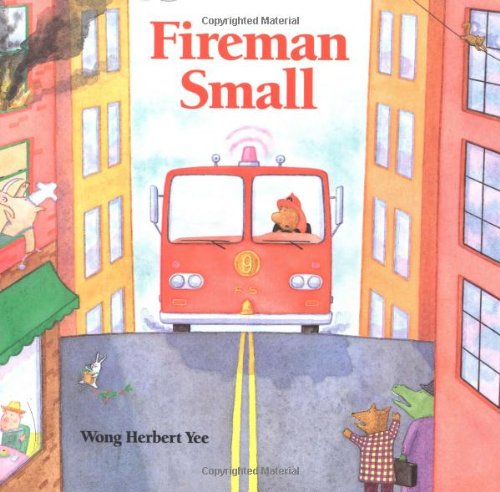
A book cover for Fireman Small; Wong Herbert Yee; Children's Books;